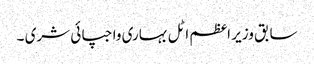
سابق وزیر اعظم اٹل بہاری واجپائی شری ۔